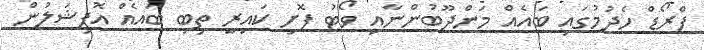
ފްރޯޑް ހެދުމުގައި ބައެއް މަންދޫބުންނާއި ވޯޓު ފޮށި ކައިރީ ތިބި ބައެއް އޮފިޝަލުން